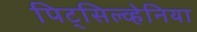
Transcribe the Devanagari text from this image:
पिट्‌सिल्व्हेनिया